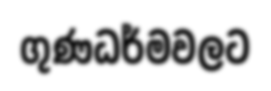
ගුණධර්මවලට